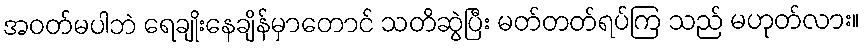
အဝတ်မပါဘဲ ရေချိုးနေချိန်မှာတောင် သတိဆွဲပြီး မတ်တတ်ရပ်ကြ သည် မဟုတ်လား။